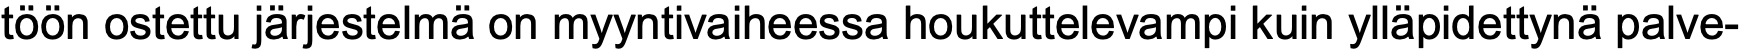
töön ostettu järjestelmä on myyntivaiheessa houkuttelevampi kuin ylläpidettynä palve-